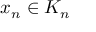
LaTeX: x _ { n } \in K _ { n }